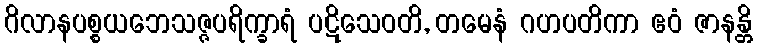
ဂိလာနပစ္စယဘေသဇ္ဇပရိက္ခာရံ ပဋိသေဝတိ, တမေနံ ဂဟပတိကာ ဧဝံ ဇာနန္တိ